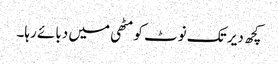
کچھ دیر تک نوٹ کو مٹھی میں دبائے رہا۔